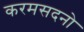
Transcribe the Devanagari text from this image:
करमसदनो